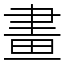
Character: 畫